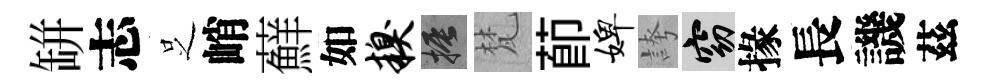
缾志𠯁峭蘚如糗振梵莭婢誇窈掾長譏茲